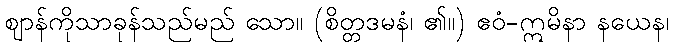
ဈာန်ကိုသာခုန်သည်မည် သော။ (စိတ္တဒမနံ၊ ၏။) ဧဝံ-ဣမိနာ နယေန၊